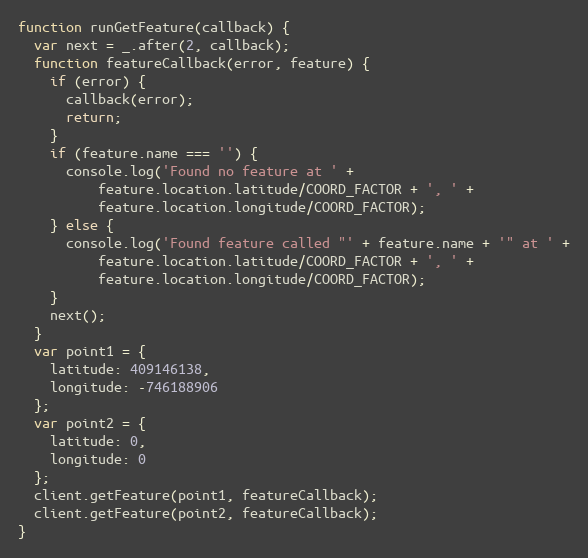
Language: JavaScript
function runGetFeature(callback) {
  var next = _.after(2, callback);
  function featureCallback(error, feature) {
    if (error) {
      callback(error);
      return;
    }
    if (feature.name === '') {
      console.log('Found no feature at ' +
          feature.location.latitude/COORD_FACTOR + ', ' +
          feature.location.longitude/COORD_FACTOR);
    } else {
      console.log('Found feature called "' + feature.name + '" at ' +
          feature.location.latitude/COORD_FACTOR + ', ' +
          feature.location.longitude/COORD_FACTOR);
    }
    next();
  }
  var point1 = {
    latitude: 409146138,
    longitude: -746188906
  };
  var point2 = {
    latitude: 0,
    longitude: 0
  };
  client.getFeature(point1, featureCallback);
  client.getFeature(point2, featureCallback);
}